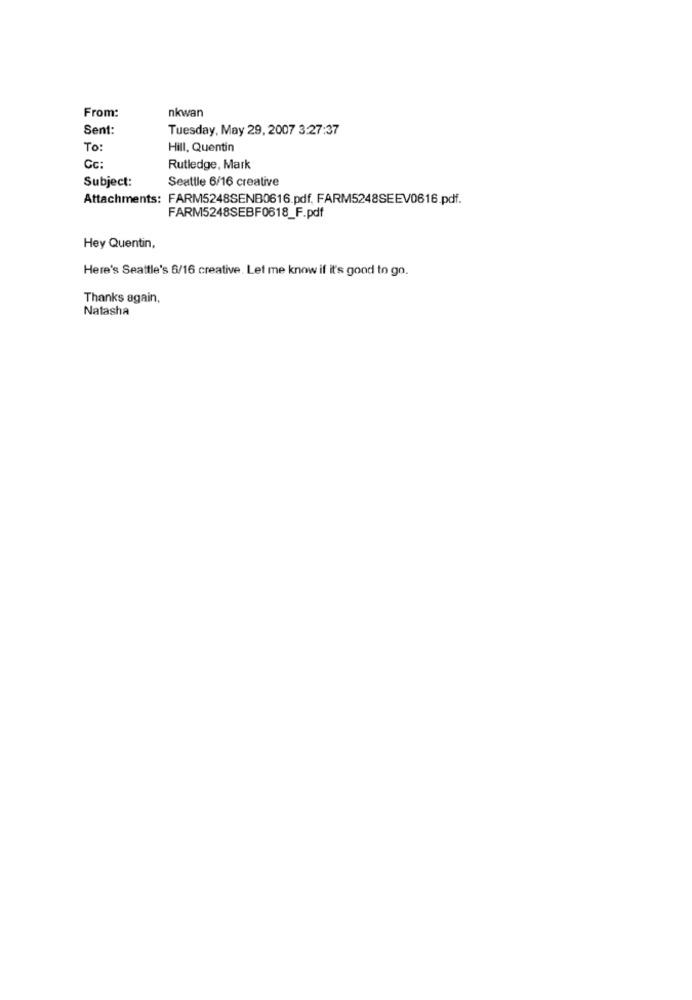
nkwan
From:
Sent:
Tuesday, May 29, 2007 3:27:37
To:
Hill, Quentin
Cc:
Rutledge, Mark
Subject:
Seattle 6/16 creative
Attachments: FARM5248SENB0616.pdf. FARM5248SEEV0616 pdf.
FARM5248SEBF0618_F.pdf
Hey Quentin,
Here's Seattle's 6/16 creative. Let me know if it's good to go.
Thanks again,
Natasha